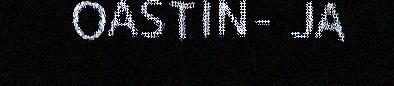
OASTIN- JA